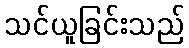
သင်ယူခြင်းသည်